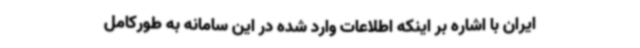
ایران با اشاره بر اینکه اطلاعات وارد شده در این سامانه به طورکامل